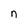
Character: n